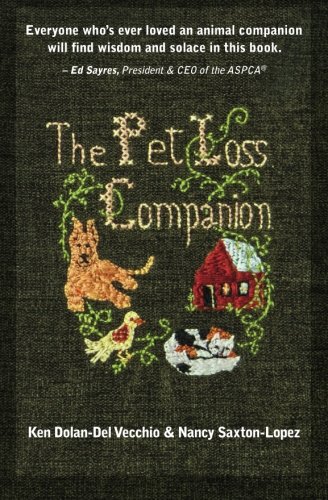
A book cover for The Pet Loss Companion: Healing Advice from Family Therapists Who Lead Pet Loss Groups; Ken Dolan-Del Vecchio; Crafts, Hobbies & Home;